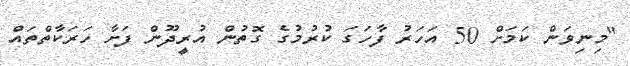
"މިނިވަން ކަމަށް 50 އަހަރު ފާހަގަ ކުރުމުގެ ގޮތުން އުރީދޫން ފަށާ ހަރަކާތްތައް